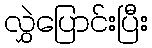
လွှဲပြောင်းပြီး